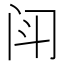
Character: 𫔯